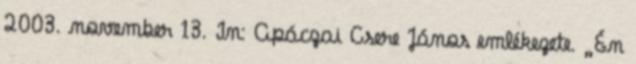
2003. november 13. In: Apáczai Csere János emlékezete. „Én